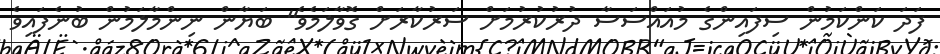
ފަދަ ކަންކަމުން ސިފައިންގެ މުއައްސަސާ ދުރުކުރުމަށް ސަރުކާރަށް ގޮވާލަމެވެ" ބަޔާން ނިންމާލަމުން ބުނެފައިވެ